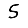
Digit: 5